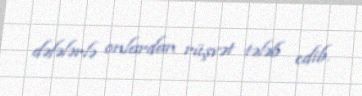
dəfələrlə onlardan rüşvət tələb edib.